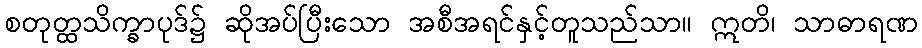
စတုတ္ထသိက္ခာပုဒ်၌ ဆိုအပ်ပြီးသော အစီအရင်နှင့်တူသည်သာ။ ဣတိ၊ သာဓာရဏ